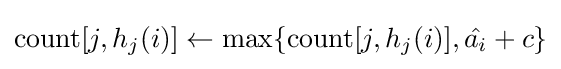
\mathrm {count} [j,h_{j}(i)]\leftarrow \max\{\mathrm {count} [j,h_{j}(i)],{\hat {a_{i}}}+c\}